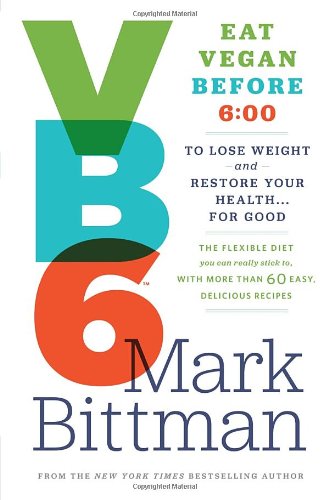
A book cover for VB6: Eat Vegan Before 6:00 to Lose Weight and Restore Your Health . . . for Good; Mark Bittman; Cookbooks, Food & Wine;